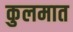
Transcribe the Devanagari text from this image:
कुलमात